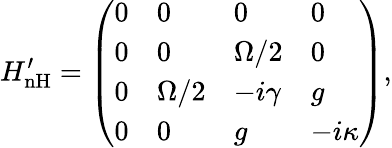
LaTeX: H_{\mathrm{{nH}}}^{\prime}=\left(\begin{array}{llll}{0}&{0}&{0}&{0}\\ {0}&{0}&{\Omega/2}&{0}\\ {0}&{\Omega/2}&{-i\gamma}&{g}\\ {0}&{0}&{g}&{-i\kappa}\end{array}\right),